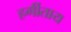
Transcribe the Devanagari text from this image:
हर्गीताय